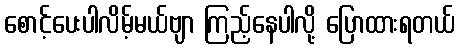
စောင့်ပေးပါလိမ့်မယ်ဗျာ ကြည့်နေပါလို့ ပြောထားရတယ်